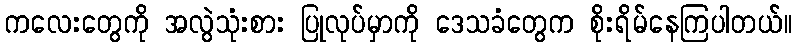
ကလေးတွေကို အလွဲသုံးစား ပြုလုပ်မှာကို ဒေသခံတွေက စိုးရိမ်နေကြပါတယ်။